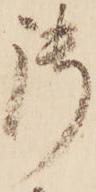
御